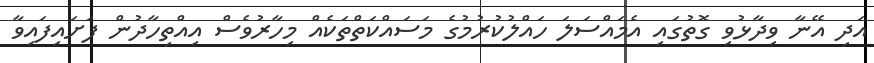
އަދި އޭނާ ވިދާޅުވި ގޮތުގައި އެމައްސަލަ ހައްލުކުރުމުގެ މަސައްކަތްތަކެއް މިހާރުވެސް އިއްތިހާދުން ފަށައިފައިވާ